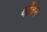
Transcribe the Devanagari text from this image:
थोवेन